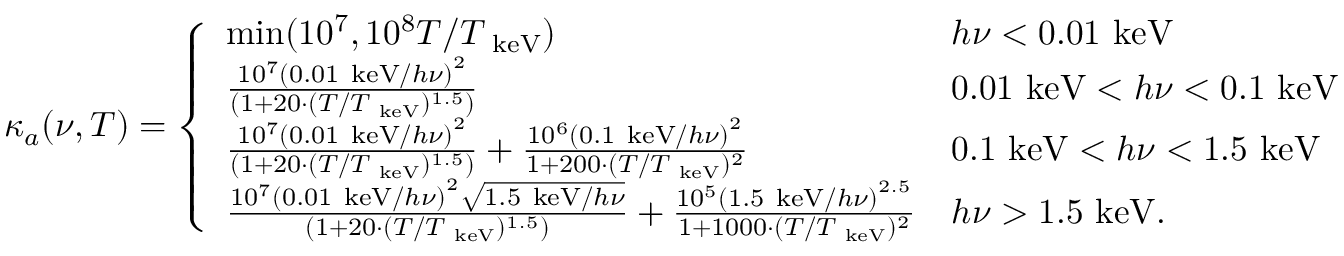
\kappa _ { a } ( \nu , T ) = \left\{ \begin{array} { l l } { \mathrm { m i n } ( 1 0 ^ { 7 } , 1 0 ^ { 8 } T / T _ { \mathrm { ~ k e V } } ) } & { h \nu < 0 . 0 1 \mathrm { ~ k e V } } \\ { \frac { 1 0 ^ { 7 } \left( 0 . 0 1 \mathrm { ~ k e V } / h \nu \right) ^ { 2 } } { ( 1 + 2 0 \cdot ( T / T _ { \mathrm { ~ k e V } } ) ^ { 1 . 5 } ) } } & { 0 . 0 1 \mathrm { ~ k e V } < h \nu < 0 . 1 \mathrm { ~ k e V } } \\ { \frac { 1 0 ^ { 7 } \left( 0 . 0 1 \mathrm { ~ k e V } / h \nu \right) ^ { 2 } } { ( 1 + 2 0 \cdot ( T / T _ { \mathrm { ~ k e V } } ) ^ { 1 . 5 } ) } + \frac { 1 0 ^ { 6 } \left( 0 . 1 \mathrm { ~ k e V } / h \nu \right) ^ { 2 } } { 1 + 2 0 0 \cdot ( T / T _ { \mathrm { ~ k e V } } ) ^ { 2 } } } & { 0 . 1 \mathrm { ~ k e V } < h \nu < 1 . 5 \mathrm { ~ k e V } } \\ { \frac { 1 0 ^ { 7 } \left( 0 . 0 1 \mathrm { ~ k e V } / h \nu \right) ^ { 2 } \sqrt { 1 . 5 \mathrm { ~ k e V } / h \nu } } { ( 1 + 2 0 \cdot ( T / T _ { \mathrm { ~ k e V } } ) ^ { 1 . 5 } ) } + \frac { 1 0 ^ { 5 } \left( 1 . 5 \mathrm { ~ k e V } / h \nu \right) ^ { 2 . 5 } } { 1 + 1 0 0 0 \cdot ( T / T _ { \mathrm { ~ k e V } } ) ^ { 2 } } } & { h \nu > 1 . 5 \mathrm { ~ k e V } . } \end{array} \right.